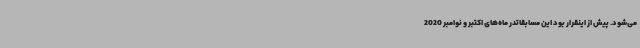
می‌شود. پیش از اینقرار بود این مسابقاتدر ماه‌های اکتبر و نوامبر 2020